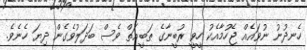
ހެނދުނު ނުވައެއް ޖެހުމާއެކު ހީވީ ރުބީނާގެ ޠަބީޢަތް ވެސް ބަދަލުވެގެން ދިޔަ ހެނެވެ.